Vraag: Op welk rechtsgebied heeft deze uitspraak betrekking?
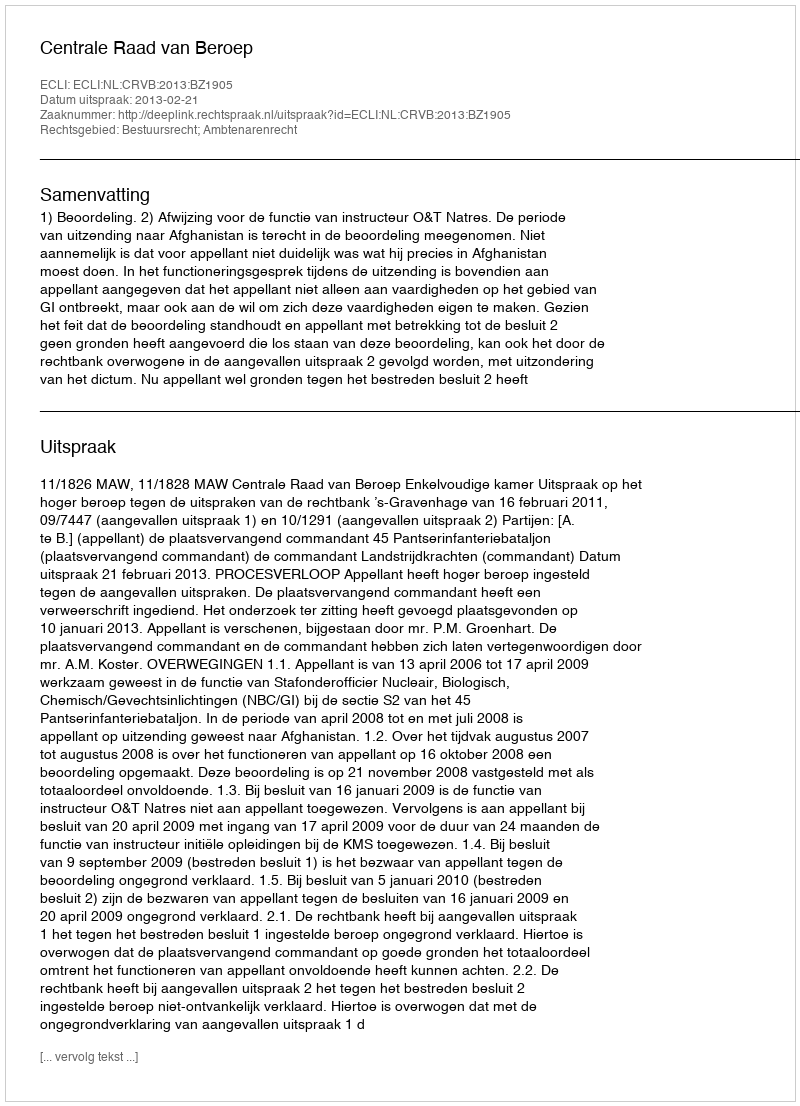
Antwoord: Bestuursrecht; Ambtenarenrecht